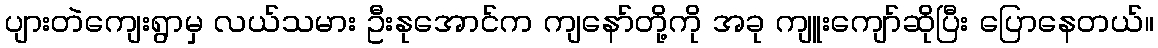
ပျားတဲကျေးရွာမှ လယ်သမား ဦးနုအောင်က ကျနော်တို့ကို အခု ကျူးကျော်ဆိုပြီး ပြောနေတယ်။